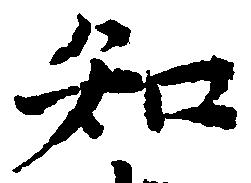
知